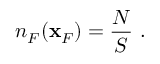
n _ { F } ( { \bf x } _ { F } ) = \frac { N } { S } ~ .